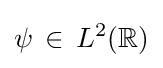
\psi \,\in \,L^{2}(\mathbb {R} )